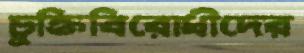
চুক্তিবিরোধীদের